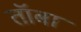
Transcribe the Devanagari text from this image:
तॉबा